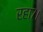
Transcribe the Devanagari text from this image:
रहा७।